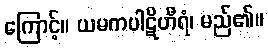
ကြောင့်။ ယမကပါဋိဟီရံ၊ မည်၏။